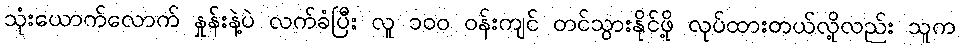
သုံးယောက်လောက် နှုန်းနဲ့ပဲ လက်ခံပြီး လူ ၁၀၀ ဝန်းကျင် တင်သွားနိုင်ဖို့ လုပ်ထားတယ်လို့လည်း သူက